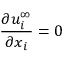
\frac { \partial u _ { i } ^ { \infty } } { \partial x _ { i } } = 0